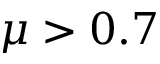
\mu > 0 . 7